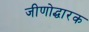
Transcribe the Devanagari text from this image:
जीणोद्धारक